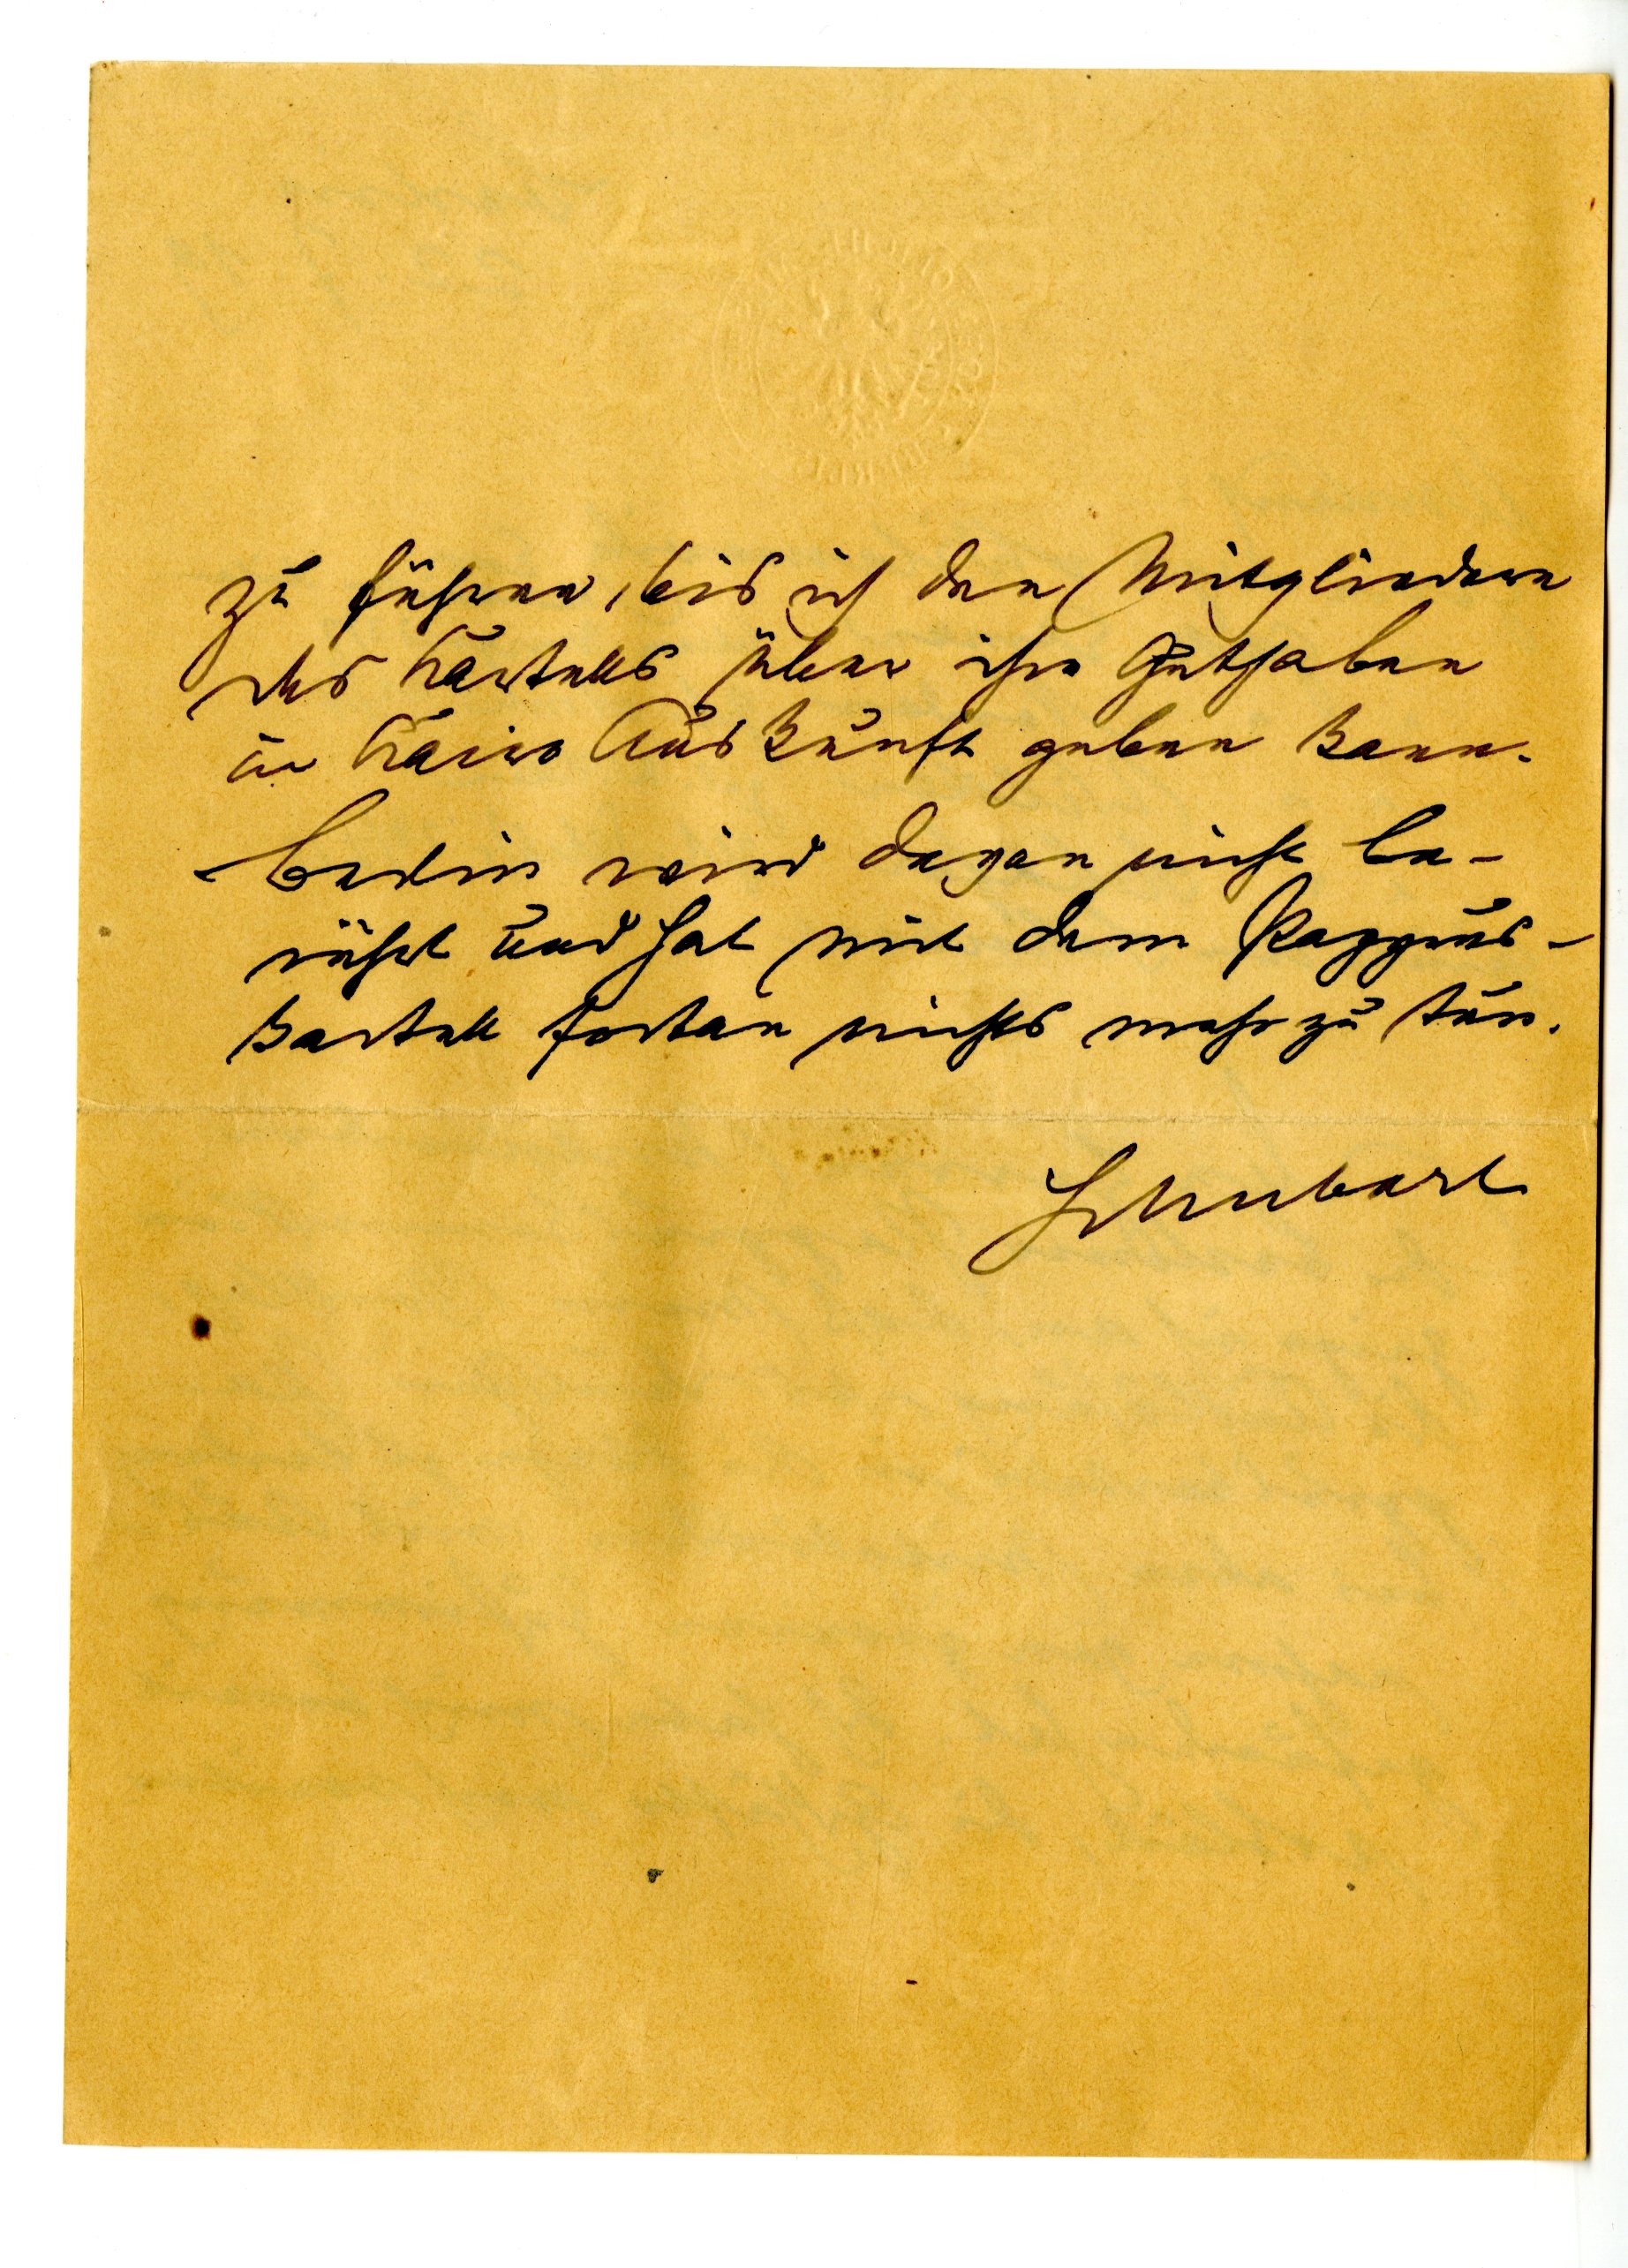
zu führen, bis ich den Mitgliedern
des Kartells über ihre Gutehaben
in Kairo Auskunft geben kann.
Berlin wird davon nicht be¬
rührt und hat mit dem Papyrus¬
kartell fortan nichts mehr zu tun.
Schubart